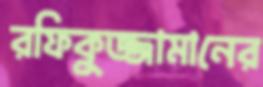
রফিকুজ্জামানের